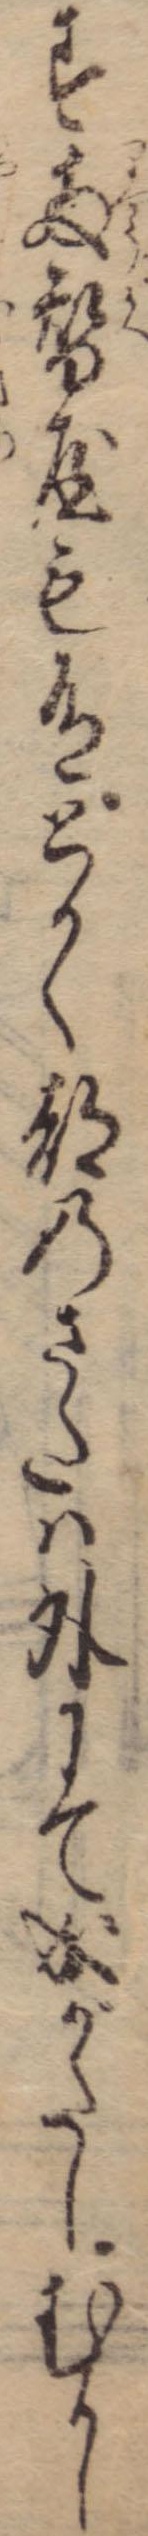
す両替屋も有とかく都のさたは外にて成がたしむかし